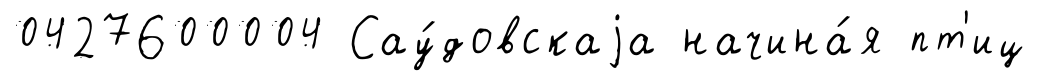
0427600004 Сау́довскаjа начина́я пт'иц